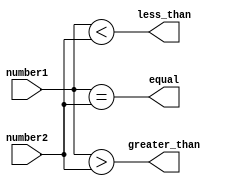
module unsigned_comparator (
    input [7:0] number1,
    input [7:0] number2,
    output wire less_than,
    output wire greater_than,
    output wire equal
);

assign less_than = (number1 < number2);
assign greater_than = (number1 > number2);
assign equal = (number1 == number2);

endmodule